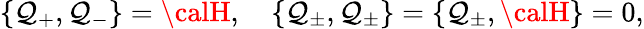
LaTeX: \{ \mathcal{Q}_{+},\mathcal{Q}_{-}\} ={{\calH}},\quad\{ \mathcal{Q}_{\pm},\mathcal{Q}_{\pm}\} =\{ \mathcal{Q}_{\pm},{\calH}\} =0,